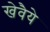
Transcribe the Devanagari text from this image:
खेवैये